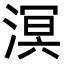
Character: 溟